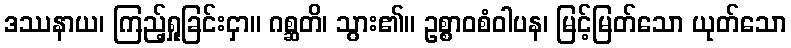
ဒဿနာယ၊ ကြည့်ရှုခြင်းငှာ။ ဂစ္ဆတိ၊ သွား၏။ ဥစ္စာဝစံဝါပန၊ မြင့်မြတ်သော ယုတ်သော